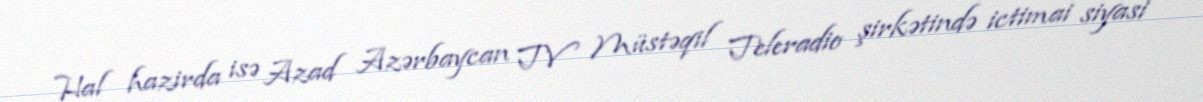
Hal hazirda isə Azad Azərbaycan TV Müstəqil Teleradio şirkətində ictimai siyasi